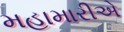
મહામારીએ